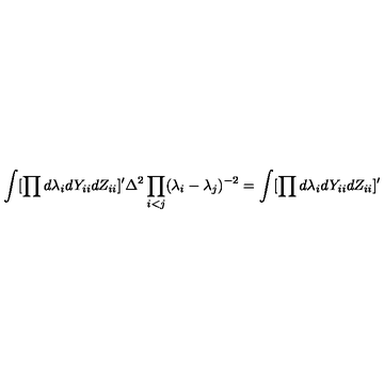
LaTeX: \int [ \prod d \lambda _ { i } d Y _ { i i } d Z _ { i i } ] ^ { \prime } \Delta ^ { 2 } \prod _ { i < j } ( \lambda _ { i } - \lambda _ { j } ) ^ { - 2 } = \int [ \prod d \lambda _ { i } d Y _ { i i } d Z _ { i i } ] ^ { \prime }